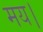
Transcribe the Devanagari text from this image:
मय।